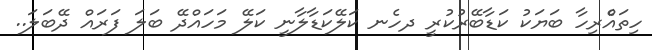
ހިތައްެރިހާ ބަޔަކު ކަޑާބޭރުކުރީ ދހެނ ކަލޭކަޑާލާނީ ކަލޭ މަހައްދޭ ބަލަ ފަރައް ދޭބަލަ..